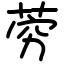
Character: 䓖